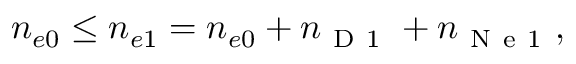
n _ { e 0 } \leq n _ { e 1 } = n _ { e 0 } + n _ { \mathrm { ~ D ~ 1 ~ } } + n _ { \mathrm { ~ N ~ e ~ 1 ~ } } ,